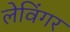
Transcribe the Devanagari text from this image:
लेविंगर